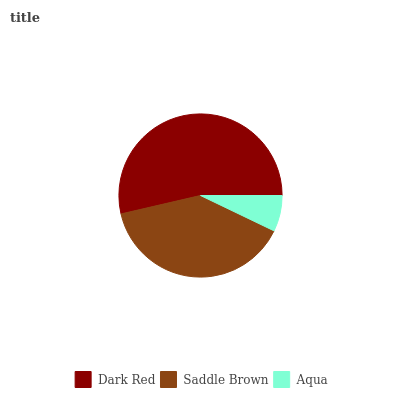
| Dark Red | Saddle Brown | Aqua |
 | --- | --- | --- |
 | 53.6% | 39.3% | 7.12% |